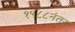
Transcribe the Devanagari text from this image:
१९८८नंतर